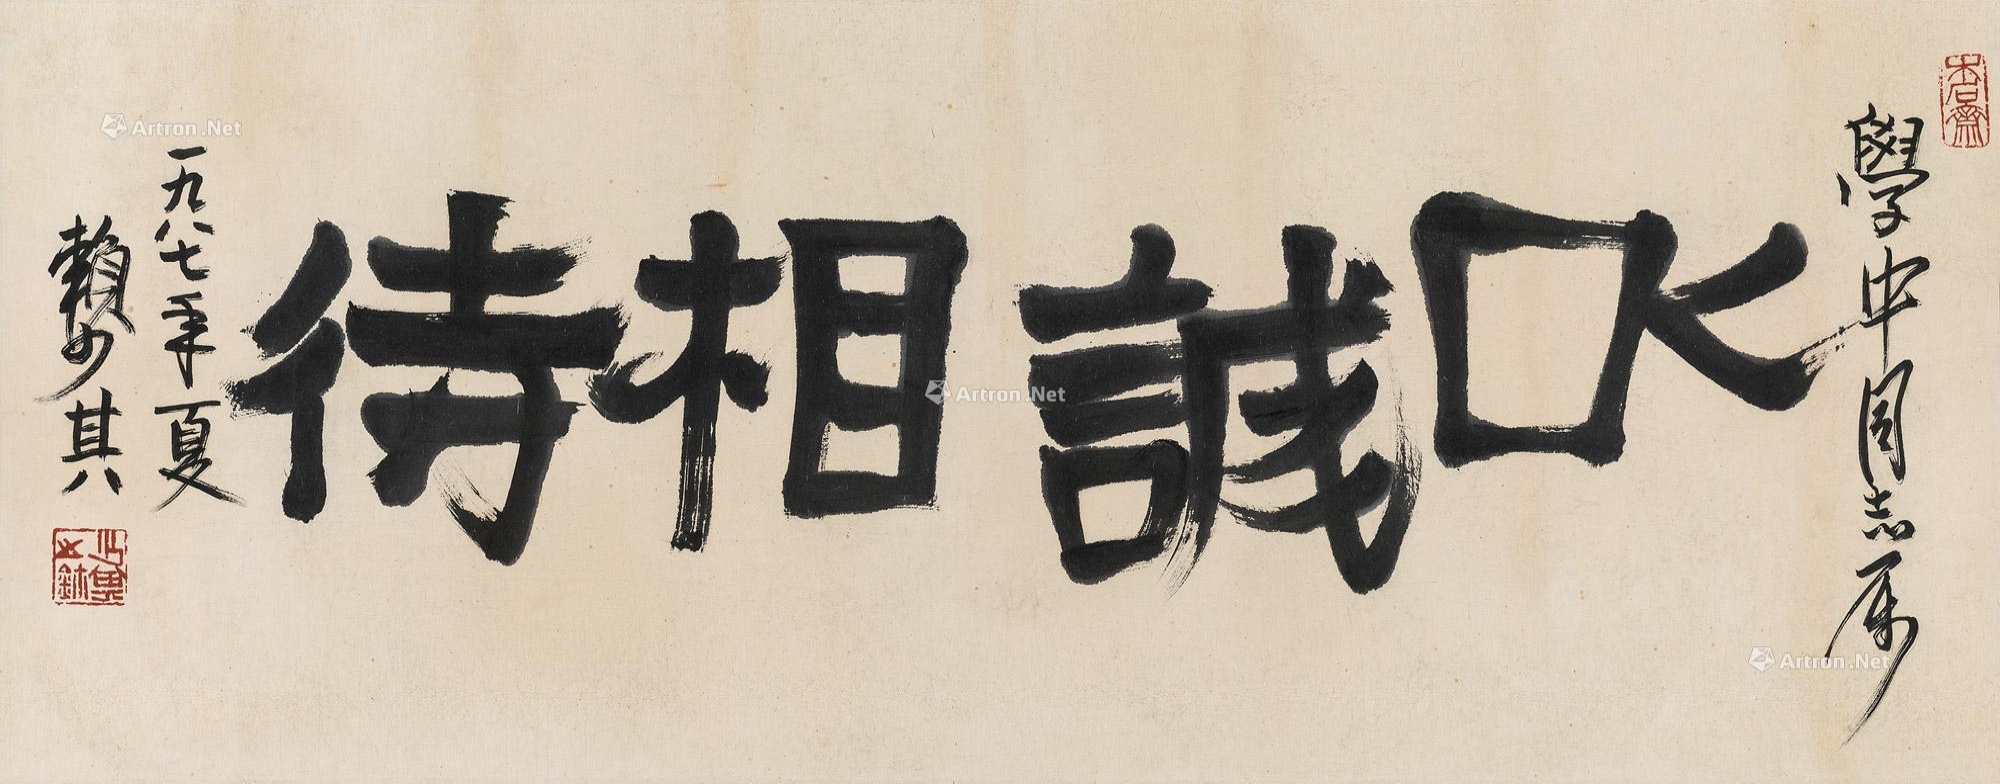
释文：以诚相待学中同志属一九八七年夏赖少其